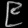
Digit: ၉